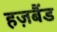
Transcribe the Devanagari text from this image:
हज़बैंड